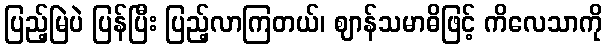
ပြည့်မြဲပဲ ပြန်ပြီး ပြည့်လာကြတယ်၊ ဈာန်သမာဓိဖြင့် ကိလေသာကို